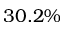
3 0 . 2 \%